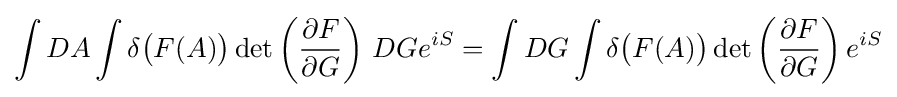
\int DA\int \delta {\big (}F(A){\big )}\det \left({\frac {\partial F}{\partial G}}\right)\,DGe^{iS}=\int DG\int \delta {\big (}F(A){\big )}\det \left({\frac {\partial F}{\partial G}}\right)e^{iS}